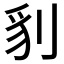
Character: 𭃤